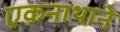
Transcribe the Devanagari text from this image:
एकनाथाने